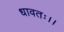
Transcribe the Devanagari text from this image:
धावतः।।